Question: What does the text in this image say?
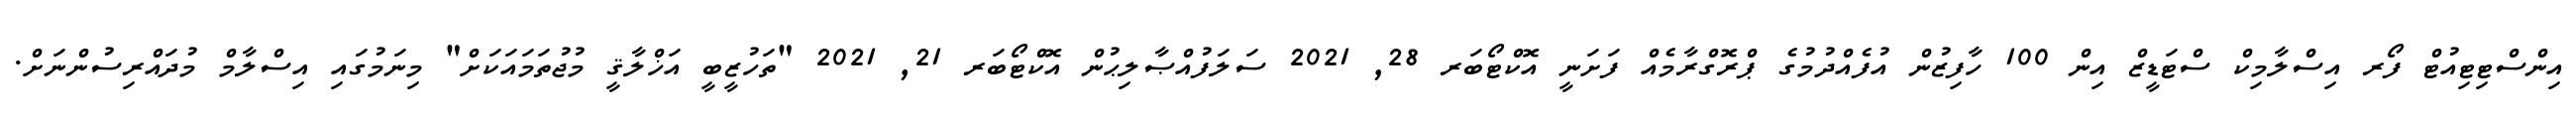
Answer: އިންސްޓިޓިއުޓް ފޯރ އިސްލާމިކް ސްޓަޑީޒް އިން 100 ހާފިޒުން އުފެއްދުމުގެ ޕްރޮގްރާމެއް ފަށަނީ އޮކްޓޯބަރ 28, 2021 ސަލަފުއްޞާލިޙުން އޮކްޓޯބަރ 21, 2021 "ތަހުޒީބީ އަޚްލާޤީ މުޖުތަމައަކަށް" މިނަމުގައި އިސްލާމް މުދައްރިސުންނަށް.